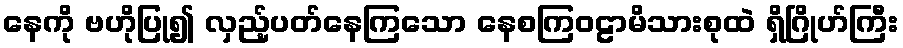
နေကို ဗဟိုပြု၍ လှည့်ပတ်နေကြသော နေစကြဝဠာမိသားစုထဲ ရှိဂြိုဟ်ကြီး